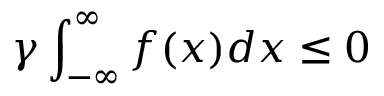
\gamma \int _ { - \infty } ^ { \infty } f ( x ) d x \le 0